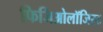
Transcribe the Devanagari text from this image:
फिजिओलॉजिस्ट